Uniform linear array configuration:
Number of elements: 12
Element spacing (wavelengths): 0.75
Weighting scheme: kaiser
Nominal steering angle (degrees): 0
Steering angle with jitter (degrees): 0.05126
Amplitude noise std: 0.05
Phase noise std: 0.05

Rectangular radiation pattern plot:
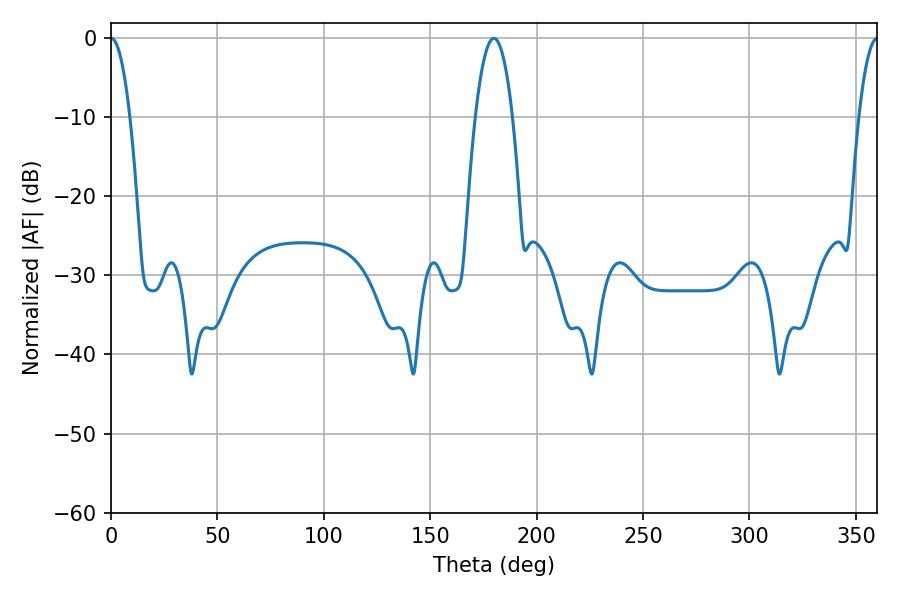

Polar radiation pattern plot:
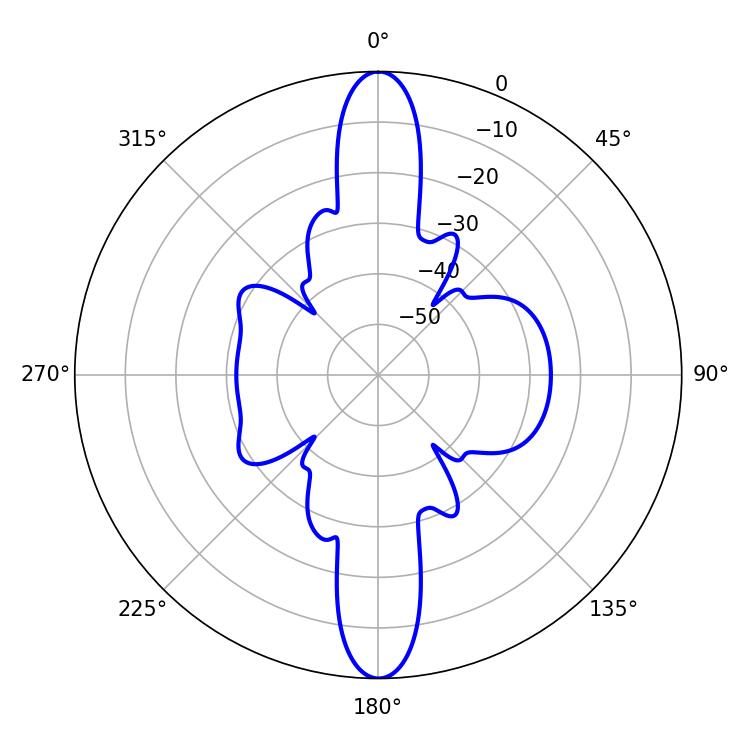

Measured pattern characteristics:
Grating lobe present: TRUE
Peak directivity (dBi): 30.633
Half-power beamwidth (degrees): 4.86
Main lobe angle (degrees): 0.18